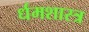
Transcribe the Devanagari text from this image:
र्धमशास्त्र